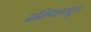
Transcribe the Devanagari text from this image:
प्रक्रियामधून